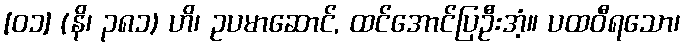
[၀၁] (နိ၊ ၃၈၁) ဟိ၊ ဥပမာဆောင်, ထင်အောင်ပြဦးအံ့။ ပထဝီရသော၊